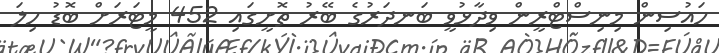
ހައުސިން މިނިސްޓްރީން ވިދާޅުވީ ބަނދަރުގެ ބޭރު ތޮށީގައި 452 މީޓަރަށް ބޮޑު ހިލަ